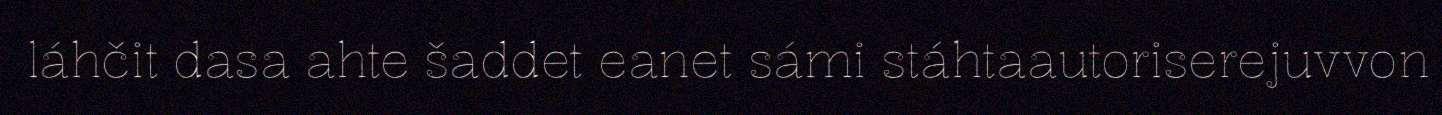
láhčit dasa ahte šaddet eanet sámi stáhtaautoriserejuvvon